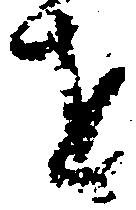
を